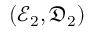
( \mathcal { E } _ { 2 } , \mathfrak { D } _ { 2 } )